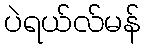
ပဲရယ်လ်မန်